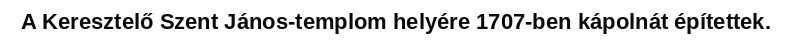
A Keresztelő Szent János-templom helyére 1707-ben kápolnát építettek.